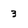
Character: 3